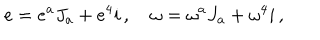
LaTeX: e = e ^ { a } J _ { a } + e ^ { 4 } i \, , \quad \omega = \omega ^ { a } J _ { a } + \omega ^ { 4 } i \, ,